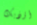
أؤذيك